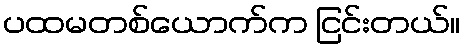
ပထမတစ်ယောက်က ငြင်းတယ်။